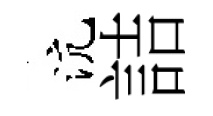
沆詰